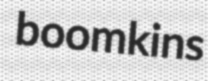
boomkins